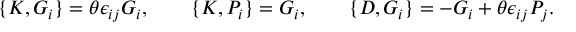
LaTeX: \{ { \cal K } , { \cal G } _ { i } \} = \theta \epsilon _ { i j } { \cal G } _ { i } , \qquad \{ { \cal K } , { \cal P } _ { i } \} = { \cal G } _ { i } , \qquad \{ { \cal D } , { \cal G } _ { i } \} = - { \cal G } _ { i } + \theta \epsilon _ { i j } { \cal P } _ { j } .